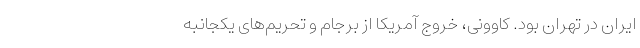
ایران در تهران بود. کاوونی، خروج آمریکا از برجام و تحریم‌های یکجانبه